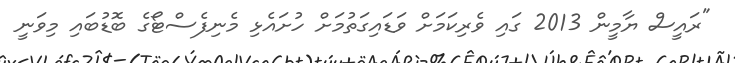
"ރައީސް ޔާމީން 2013 ގައި ވެރިކަމަށް ވަޑައިގަތުމަށް ހުށައެޅި މެނިފެސްޓޯގެ ބޮޑުބައި މިވަނީ